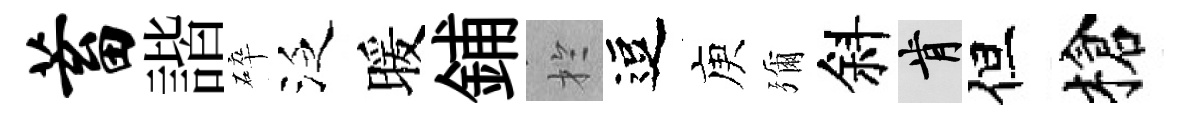
蓄諧碎泛暖鋪扵逗庾彌斜肯但槍